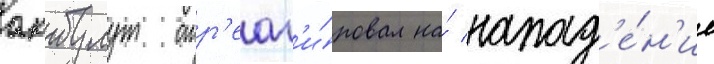
акбулут отр'еаг'и́ровал на́ напад'е́н'ие